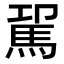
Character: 𩢗